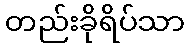
တည်းခိုရိပ်သာ